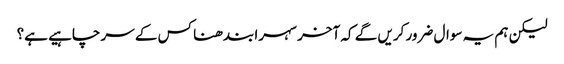
لیکن ہم یہ سوال ضرور کریں گے کہ آخر سہرا بندھنا کس کے سر چاہیے ہے؟